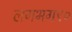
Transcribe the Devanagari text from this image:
लगभग९०